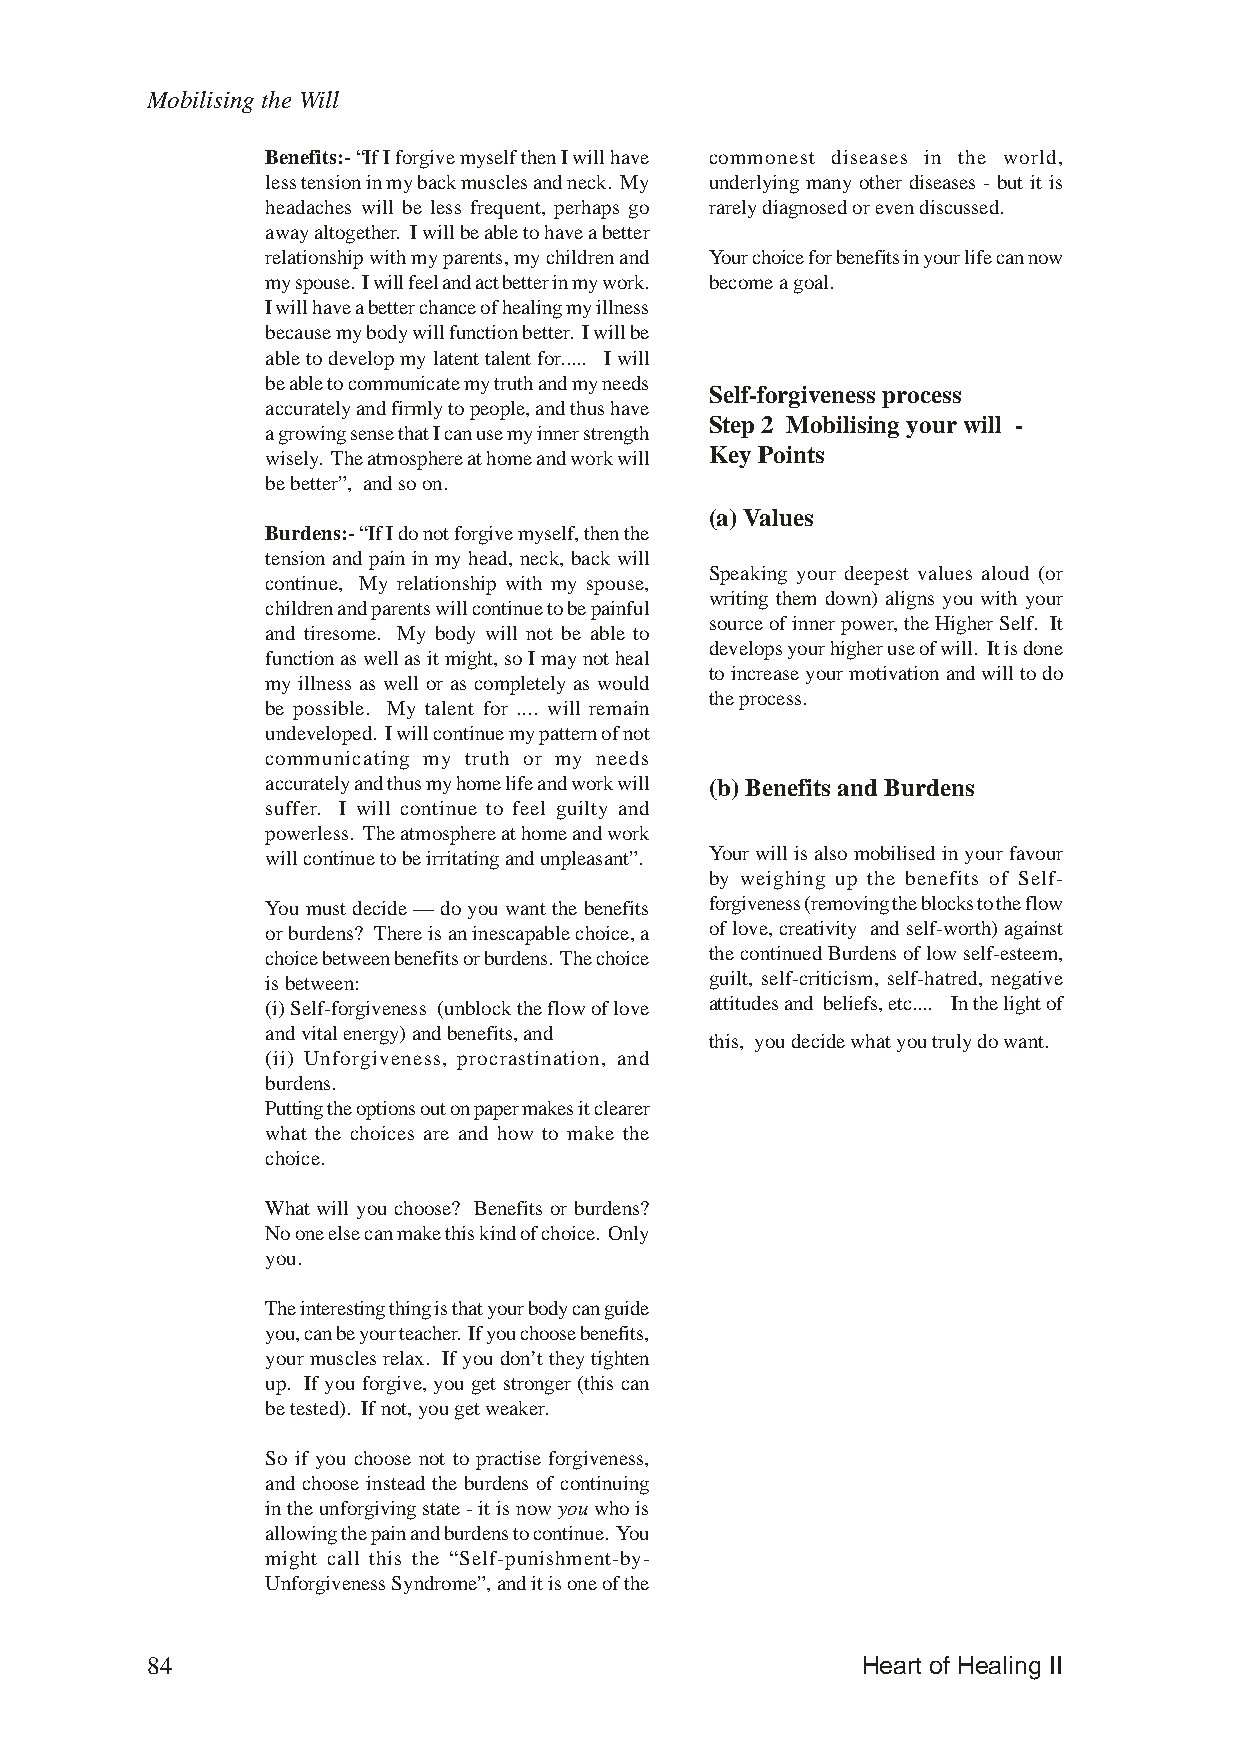
Mobilising the Will
 Benefits:- “If I forgive myself then I will have commonest diseases in the world,
 less tension in my back muscles and neck. My underlying many other diseases - but it is
 headaches will be less frequent, perhaps go rarely diagnosed or even discussed.
 away altogether. I will be able to have a better
 relationship with my parents, my children and Your choice for benefits in your life can now
 my spouse. I will feel and act better in my work. become a goal.
 I will have a better chance of healing my illness
 because my body will function better. I will be
 able to develop my latent talent for..... I will
 be able to communicate my truth and my needs
 Self-forgiveness process
 accurately and firmly to people, and thus have
 Step 2 Mobilising your will -
 a growing sense that I can use my inner strength
 wisely. The atmosphere at home and work will Key Points
 be better”, and so on.
 (a) Values
 Burdens:- “If I do not forgive myself, then the
 tension and pain in my head, neck, back will
 Speaking your deepest values aloud (or
 continue, My relationship with my spouse,
 writing them down) aligns you with your
 children and parents will continue to be painful
 source of inner power, the Higher Self. It
 and tiresome. My body will not be able to
 develops your higher use of will. It is done
 function as well as it might, so I may not heal
 to increase your motivation and will to do
 my illness as well or as completely as would
 the process.
 be possible. My talent for .... will remain
 undeveloped. I will continue my pattern of not
 communicating my truth or my needs
 accurately and thus my home life and work will (b) Benefits and Burdens
 suffer. I will continue to feel guilty and
 powerless. The atmosphere at home and work
 will continue to be irritating and unpleasant”. Your will is also mobilised in your favour
 by weighing up the benefits of Self-
 You must decide — do you want the benefits forgiveness (removing the blocks to the flow
 or burdens? There is an inescapable choice, a of love, creativity and self-worth) against
 choice between benefits or burdens. The choice the continued Burdens of low self-esteem,
 is between:                  guilt, self-criticism, self-hatred, negative
 (i) Self-forgiveness (unblock the flow of love attitudes and beliefs, etc.... In the light of
 and vital energy) and benefits, and
 this, you decide what you truly do want.
 (ii) Unforgiveness, procrastination, and
 burdens.
 Putting the options out on paper makes it clearer
 what the choices are and how to make the
 choice.
 What will you choose? Benefits or burdens?
 No one else can make this kind of choice. Only
 you.
 The interesting thing is that your body can guide
 you, can be your teacher. If you choose benefits,
 your muscles relax. If you don’t they tighten
 up. If you forgive, you get stronger (this can
 be tested). If not, you get weaker.
 So if you choose not to practise forgiveness,
 and choose instead the burdens of continuing
 in the unforgiving state - it is now you who is
 allowing the pain and burdens to continue. You
 might call this the “Self-punishment-by-
 Unforgiveness Syndrome”, and it is one of the
 84                                             Heart of Healing II